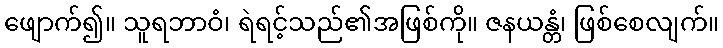
ဖျောက်၍။ သူရဘာဝံ၊ ရဲရင့်သည်၏အဖြစ်ကို။ ဇနယန္တံ၊ ဖြစ်စေလျက်။